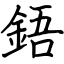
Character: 鋙